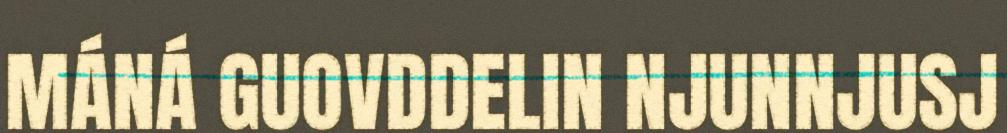
MÁNÁ GUOVDDELIN NJUNNJUSJ